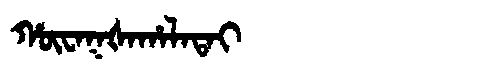
Manchu: ᡥᡡᠸᠠᡴᡧᠠᡥᠠᠯᠠᡨᠠᡳ
Romanization: HŪWAKŠAHALATAI